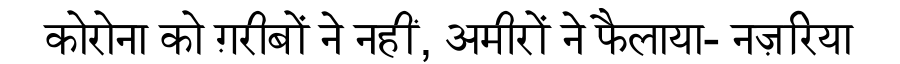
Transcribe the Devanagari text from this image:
कोरोना को ग़रीबों ने नहीं, अमीरों ने फैलाया- नज़रिया